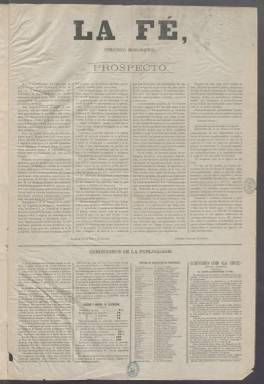
Título: La Fe (Madrid. 1876)
Colección: Periódicos || Carlismo
Ámbito geográfico: Madrid
Lugar de publicación: Madrid
Fechas: 01/01/1876-05/12/1891